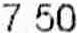
7.50